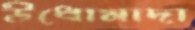
উধোমাদা